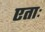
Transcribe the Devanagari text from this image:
एताः